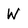
Character: W